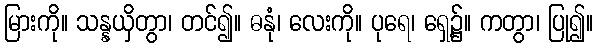
မြားကို။ သန္နယှိတွာ၊ တင်၍။ ဓနုံ၊ လေးကို။ ပုရေ၊ ရှေ့၌။ ကတွာ၊ ပြု၍။